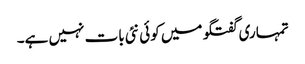
تمہاری گفتگو میں کوئی نئی بات نہیں ہے۔